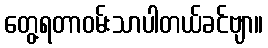
တွေ့ရတာဝမ်းသာပါတယ်ခင်ဗျာ။